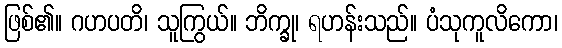
ဖြစ်၏။ ဂဟပတိ၊ သူကြွယ်။ ဘိက္ခု၊ ရဟန်းသည်။ ပံသုကူလိကော၊